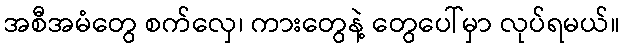
အစီအမံတွေ စက်လှေ၊ ကားတွေနဲ့ တွေပေါ်မှာ လုပ်ရမယ်။